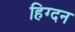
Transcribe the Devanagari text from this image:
हिग्दन